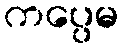
ကပ္ပေမ